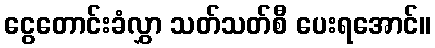
ငွေတောင်းခံလွှာ သတ်သတ်စီ ပေးရအောင်။